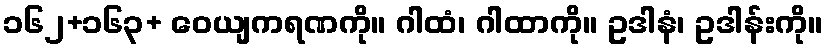
၁၆၂+၁၆၃+ ဝေယျကရဏကို။ ဂါထံ၊ ဂါထာကို။ ဥဒါနံ၊ ဥဒါန်းကို။